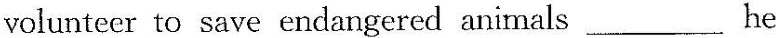
volunteer to save endangered animals___ he